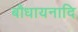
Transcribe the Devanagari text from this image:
बौधायनादि